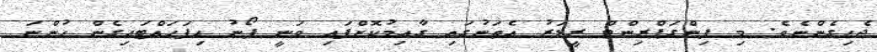
ޖެހިގެންނެވެ. މި ފިންގަޕްރިންޓް ރީޑަރު އެތަނުގައި ގާއިމުކޮށްފައި ވަނީ ފޯނު ހިފަހައްޓައިގެން ހުންނަ